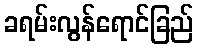
ခရမ်းလွန်ရောင်ခြည်